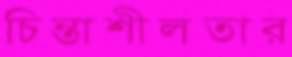
চিন্তাশীলতার